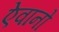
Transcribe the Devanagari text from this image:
ऐवानों